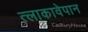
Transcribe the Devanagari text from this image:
त्लाकावेपान